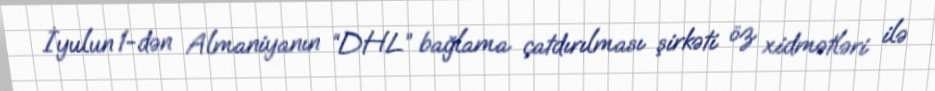
İyulun 1-dən Almaniyanın “DHL” bağlama çatdırılması şirkəti öz xidmətləri ilə